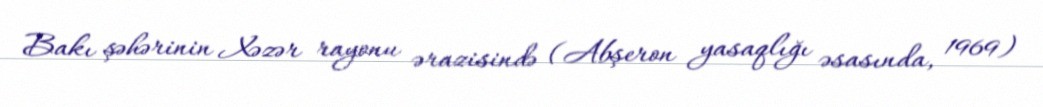
Bakı şəhərinin Xəzər rayonu ərazisində (Abşeron yasaqlığı əsasında, 1969)